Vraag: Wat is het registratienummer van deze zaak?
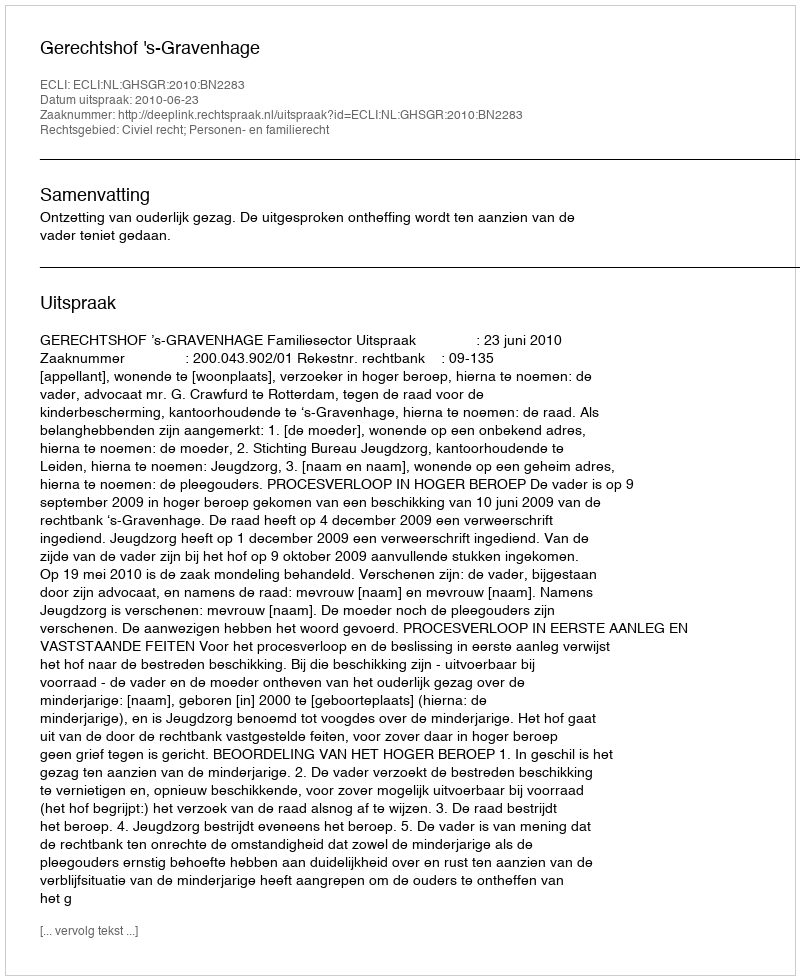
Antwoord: http://deeplink.rechtspraak.nl/uitspraak?id=ECLI:NL:GHSGR:2010:BN2283